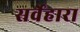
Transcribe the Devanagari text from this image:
सर्वेहारा